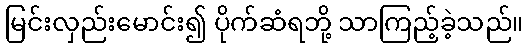
မြင်းလှည်းမောင်း၍ ပိုက်ဆံရဘို့ သာကြည့်ခဲ့သည်။